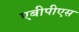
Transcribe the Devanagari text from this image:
एबीपीएस